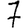
Digit: 7